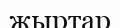
жыртар